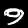
Label: 9